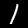
Label: 1